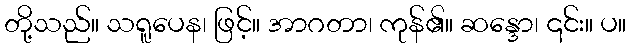
တို့သည်။ သရူပေန၊ ဖြင့်။ အာဂတာ၊ ကုန်၏။ ဆန္ဒော၊ ၎င်း။ ပ။